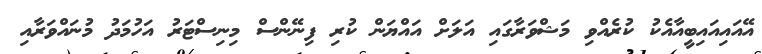
އޭއައިއައިބީއާއެކު ކުރެއްވި މަޝްވަރާގައި އަލަށް އައްޔަން ކުރި ފިނޭންސް މިނިސްޓަރު އަހުމަދު މުނައްވަރާއި